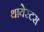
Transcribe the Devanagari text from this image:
थायेस्टस